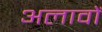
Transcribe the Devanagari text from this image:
अलावों